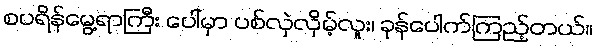
စပရိန်မွေ့ရာကြီး ပေါ်မှာ ပစ်လှဲလှိမ့်လူး၊ ခုန်ပေါက်ကြည့်တယ်။